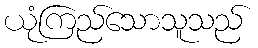
ယုံကြည်သောသူသည်